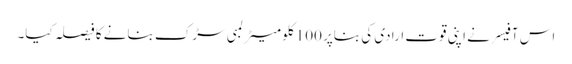
اس آفیسر نے اپنی قوت ارادی کی بناپر 100 کلو میٹر لمبی سڑک بنانے کا فیصلہ کیا۔